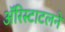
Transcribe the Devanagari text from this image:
ॲरिस्टाटलने